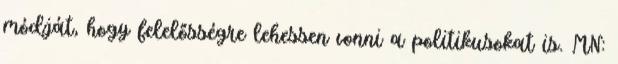
módját, hogy felelősségre lehessen vonni a politikusokat is. MN: